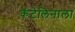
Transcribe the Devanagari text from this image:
कॅटेलिनाला